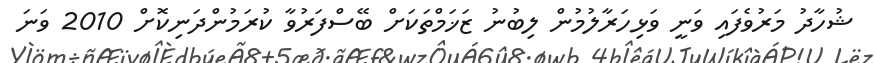
ޝުހާދު މަރުވެފައި ވަނީ ވަޅިހަރާލުމުން ލިބުނު ޒަޚަމްތަކަށް ބޭސްފަރުވާ ކުރަމުންދަނިކޮށް 2010 ވަނަ